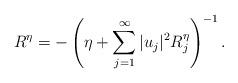
LaTeX: \begin{align*}R^\eta = -\left(\eta + \sum_{j=1}^\infty |u_j|^2 R_j^\eta\right)^{-1}.\end{align*}